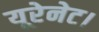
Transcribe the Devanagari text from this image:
यूरेनेट।